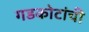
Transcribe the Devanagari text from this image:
गडकोटांची